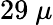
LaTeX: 29~\mu